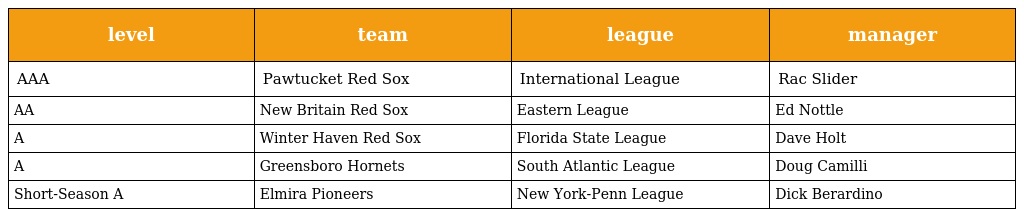
| level | team | league | manager |
 | --- | --- | --- | --- |
 | AAA | Pawtucket Red Sox | International League | Rac Slider |
 | AA | New Britain Red Sox | Eastern League | Ed Nottle |
 | A | Winter Haven Red Sox | Florida State League | Dave Holt |
 | A | Greensboro Hornets | South Atlantic League | Doug Camilli |
 | Short-Season A | Elmira Pioneers | New York-Penn League | Dick Berardino |